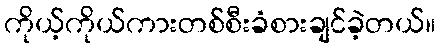
ကိုယ့်ကိုယ်ကားတစ်စီးခံစားချင်ခဲ့တယ်။